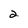
Character: 2